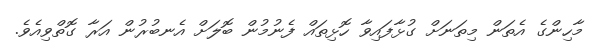
މާހިންގެ އެތަން މިތަނަށް ގުޅާފައިވާ ހޮޅިތައް ފެނުމުން ބޮލަށް އެނބުރުން އަރާ ގޮތްވިއެވެ.